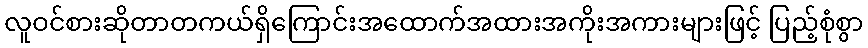
လူဝင်စားဆိုတာတကယ်ရှိကြောင်းအထောက်အထားအကိုးအကားများဖြင့် ပြည့်စုံစွာ